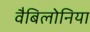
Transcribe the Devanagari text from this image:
वैबिलोनिया